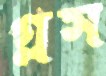
গ্লস